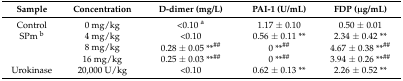
<table><thead><tr><td><b>Sample</b></td><td><b>Concentration</b></td><td><b>D-dimer (mg/L)</b></td><td><b>PAI-1 (U/mL)</b></td><td><b>FDP (μg/mL)</b></td></tr></thead><tbody><tr><td>Control</td><td>0 mg/kg</td><td>&lt;0.10 <sup>a</sup></td><td>1.17 ± 0.10</td><td>0.50 ± 0.01</td></tr><tr><td>SPm <sup>b</sup></td><td>4 mg/kg</td><td>&lt;0.10</td><td>0.56 ± 0.11 **</td><td>2.34 ± 0.42 **</td></tr><tr><td></td><td>8 mg/kg</td><td>0.28 ± 0.05 **<sup>##</sup></td><td>0 **<sup>##</sup></td><td>4.67 ± 0.38 **<sup>##</sup></td></tr><tr><td></td><td>16 mg/kg</td><td>0.25 ± 0.03 **<sup>##</sup></td><td>0 **<sup>##</sup></td><td>3.94 ± 0.26 **<sup>##</sup></td></tr><tr><td>Urokinase</td><td>20,000 U/kg</td><td>&lt;0.10</td><td>0.62 ± 0.13 **</td><td>2.26 ± 0.52 **</td></tr></tbody></table>